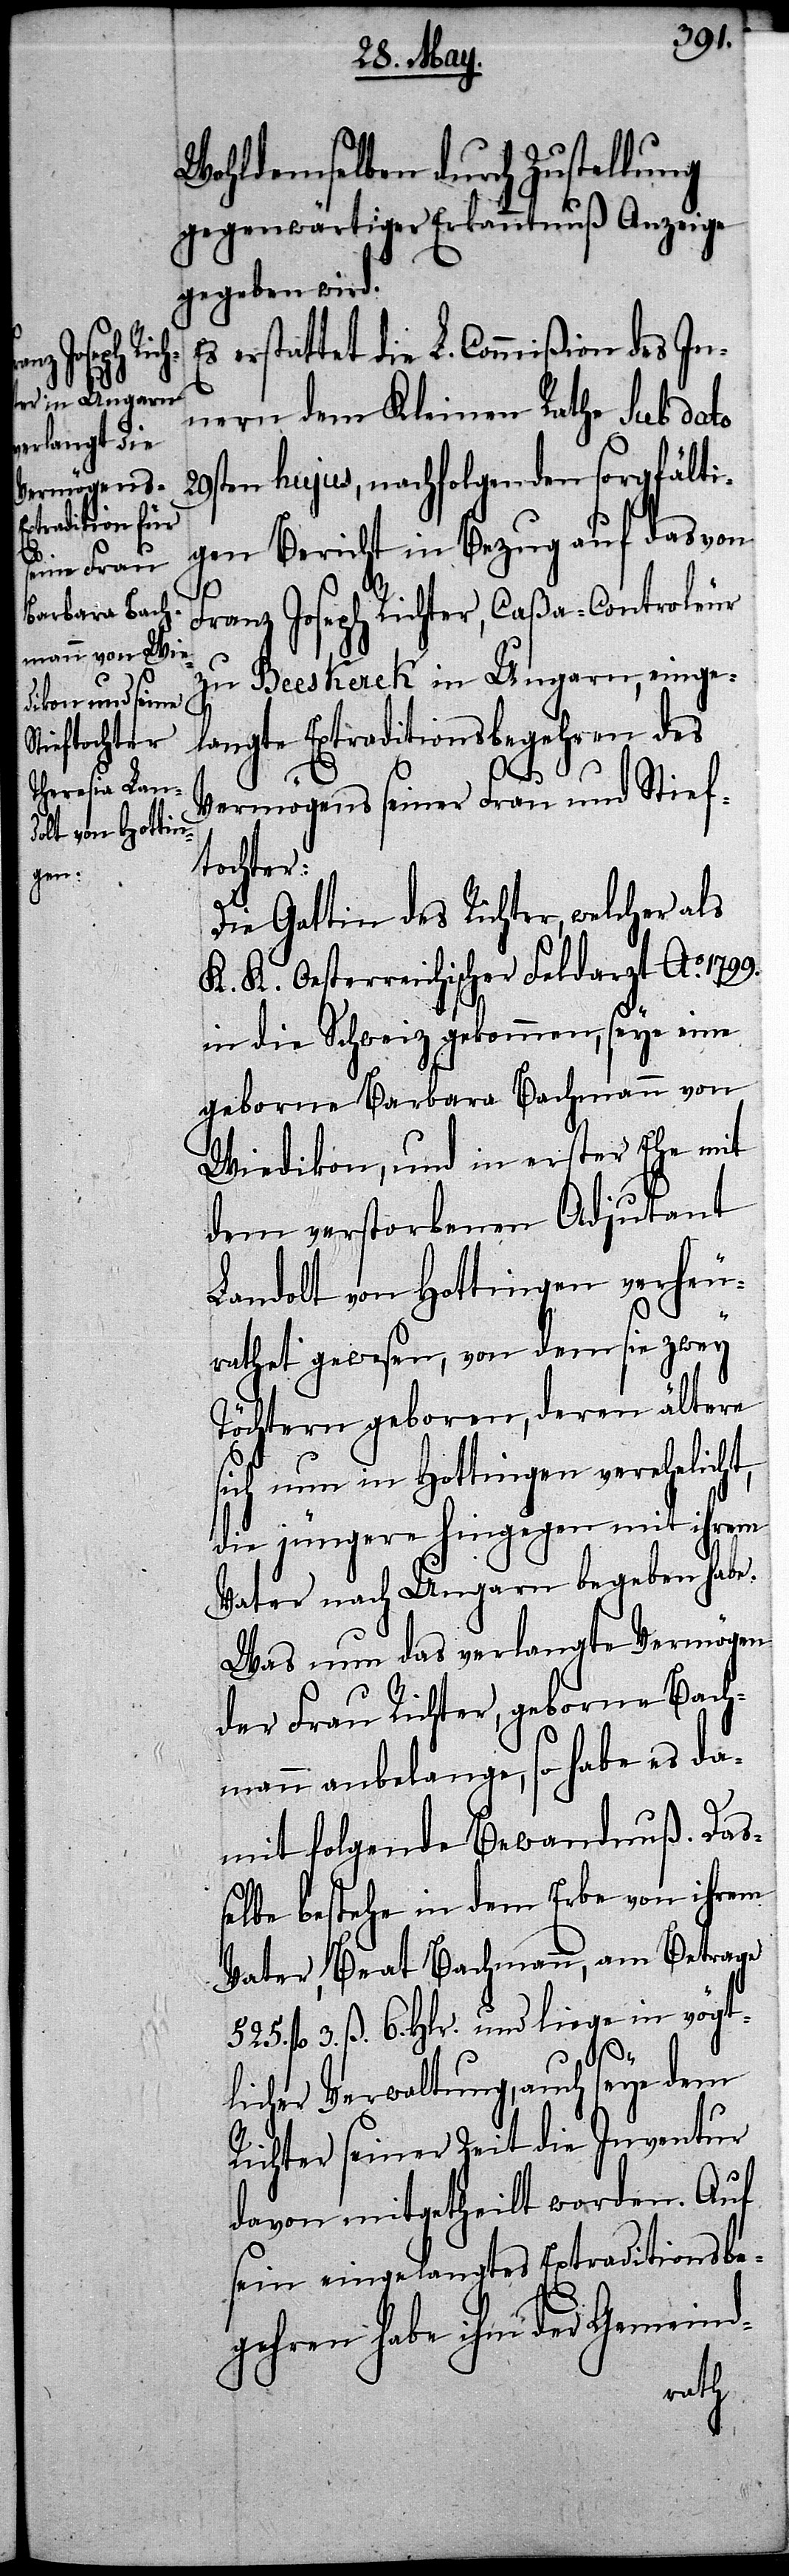
Wohldemselben durch Zustellung
gegenwärtiger Erkanntnuß Anzeige
gegeben wird.
s erstattet die L. Commißion des In¬
nern dem Kleinen Rathe sub dato
29sten hujus, nachfolgenden sorgfälti¬
gen Bericht in Bezug auf das von
Franz Joseph Richter, Caßa-Controleur
zu Beeskerck in Ungarn, einge¬
langte Extraditionsbegehren des
Vermögens seiner Frau und Stief¬
tochter:
Die Gattin des Richter, welcher als
K. K. Oesterreichischer Feldarzt Ao.
in die Schweiz gekommen, seye eine
geborne Barbara Bachmann von
Wiedikon, und in erster Ehe mit
dem verstorbenen Adjutant
Landolt von Hottingen verheu¬
525.
rathet gewesen, von dem sie zwey
Töchtern geboren, deren ältere
sich nun in Hottingen verehelich¬
die jüngere hingegen mit ihrem
Vater nach Ungarn begeben habe.
Was nun das verlangte Vermögen
der Frau Richter, geborne Bach¬
mann anbelange, so habe es da¬
mit folgende Bewandnuß. Daß¬
elbe bestehe in dem Erbe von ihrem
Vater, Beat Bachmann, am betrage
fl. 3. ß. 6. Hlr. und liege in vögt¬
E¬
licher Verwaltung, auch seye dem
Richter seiner Zeit die Inventur
davon mitgetheilt worden. Auf
sein eingelangtes Extraditionsbe¬
gehen habe ihm der Gemeind-